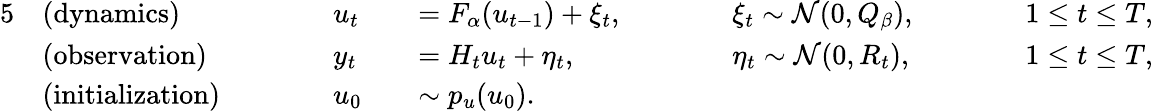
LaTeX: \begin{array}{rlrlrlrlrl}{{5}}&{\mathrm{(dynamics)}}&&{\quad\quad u_{t}}&&{=F_{\alpha}(u_{t-1})+\xi_{t},\quad\quad}&&{\xi_{t}\sim\mathcal{N}(0,Q_{\beta}),\quad\quad}&&{1\le t\le T,}\\ &{\mathrm{(observation)}}&&{\quad\quad y_{t}}&&{=H_{t}u_{t}+\eta_{t},\quad\quad}&&{\eta_{t}\sim\mathcal{N}(0,R_{t}),\quad\quad}&&{1\le t\le T,}\\ &{\mathrm{(initialization)}}&&{\quad\quad u_{0}}&&{\sim p_{u}(u_{0}).}\end{array}